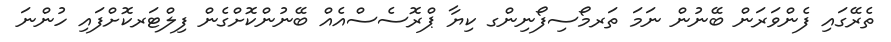
ތެރޭގައި ފެންވަރަން ބޭނުން ނަމަ ތަރމޯސިފޯނިންގ ކިޔާ ޕްރޮސެސްއެއް ބޭނުންކޮށްގެން ފިލްޓަރކޮށްފައި ހުންނަ